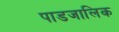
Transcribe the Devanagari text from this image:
पाडजालिक